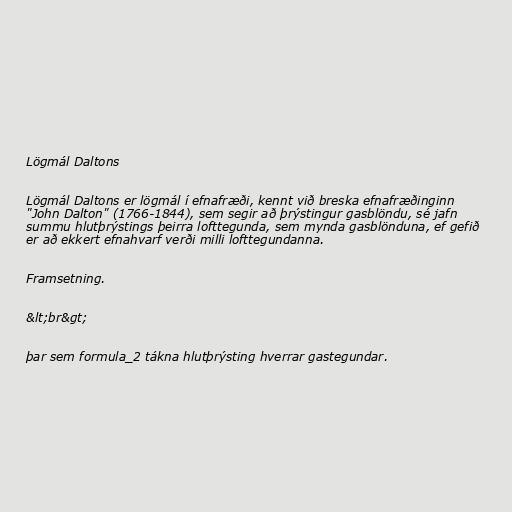
Lögmál Daltons

Lögmál Daltons er lögmál í efnafræði, kennt við breska efnafræðinginn
"John Dalton" (1766-1844), sem segir að þrýstingur gasblöndu, sé jafn
summu hlutþrýstings þeirra lofttegunda, sem mynda gasblönduna, ef gefið
er að ekkert efnahvarf verði milli lofttegundanna.

Framsetning.

&lt;br&gt;

þar sem formula_2 tákna hlutþrýsting hverrar gastegundar.